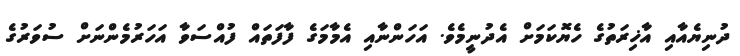
ދުނިޔެއާއި އާޚިރަތުގެ ހެޔޮކަމަށް އެދުނީމެވެ. އަހަންނާއި އެމާމަގެ ފާފަތައް ފުއްސަވާ އަހަރުމެންނަށް ސުވަރުގެ